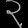
Digit: ၃